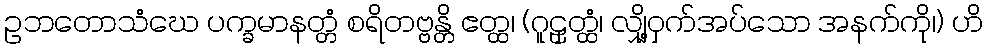
ဥဘတောသံဃေ ပက္ခမာနတ္တံ စရိတဗ္ဗန္တိ ဧတ္ထ၊ (ဂူဠှတ္ထံ၊ လျှို့ဝှက်အပ်သော အနက်ကို၊) ဟိ